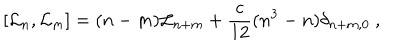
[ { \cal L } _ { n } , { \cal L } _ { m } ] = ( n - m ) { \cal L } _ { n + m } + \frac { c } { 1 2 } ( n ^ { 3 } - n ) \delta _ { n + m , 0 } ~ ,